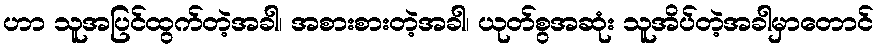
ဟာ သူအပြင်ထွက်တဲ့အခါ၊ အစားစားတဲ့အခါ၊ ယုတ်စွအဆုံး သူအိပ်တဲ့အခါမှာတောင်